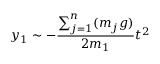
y _ { 1 } \sim - \frac { \sum _ { j = 1 } ^ { n } ( m _ { j } g ) } { 2 m _ { 1 } } t ^ { 2 }